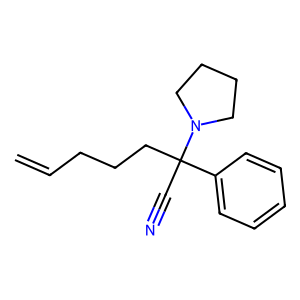
SMILES: C=CCCCC(C#N)(c1ccccc1)N1CCCC1
Inhibits HIV replication: No